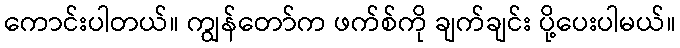
ကောင်းပါတယ်။ ကျွန်တော်က ဖက်စ်ကို ချက်ချင်း ပို့ပေးပါမယ်။